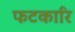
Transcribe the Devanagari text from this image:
फटकारि